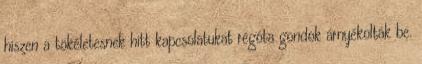
hiszen a tökéletesnek hitt kapcsolatukat régóta gondok árnyékolták be.